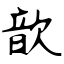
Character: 歆